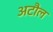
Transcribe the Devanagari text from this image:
अटौल